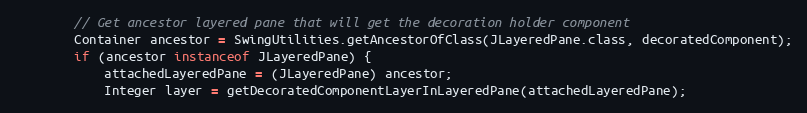
Language: Java
        // Get ancestor layered pane that will get the decoration holder component
        Container ancestor = SwingUtilities.getAncestorOfClass(JLayeredPane.class, decoratedComponent);
        if (ancestor instanceof JLayeredPane) {
            attachedLayeredPane = (JLayeredPane) ancestor;
            Integer layer = getDecoratedComponentLayerInLayeredPane(attachedLayeredPane);